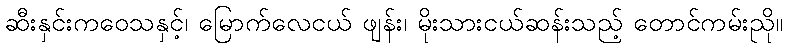
ဆီးနှင်းကဝေသနှင့်၊ မြောက်လေငယ် ဖျန်း၊ မိုးသားငယ်ဆန်းသည့် တောင်ကမ်းညို။